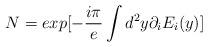
LaTeX: \begin{align*}N=exp[-\frac{i\pi}{e}\int d^2y\partial_iE_i(y)]\end{align*}